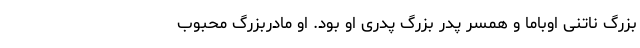
بزرگ ناتنی اوباما و همسر پدر بزرگ پدری او بود. او مادربزرگ محبوب